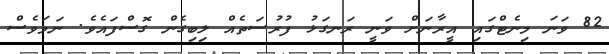
82 ވަނަ މިނެޓްގައި އީރާނަށް ވަނީ ރަނގަޅު ފުރުސަތެއް ލިބިގެން ގޮސްފައެވެ. ނަމަވެސް